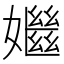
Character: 𡣦